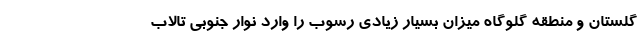
گلستان و منطقه گلوگاه میزان بسیار زیادی رسوب را وارد نوار جنوبی تالاب